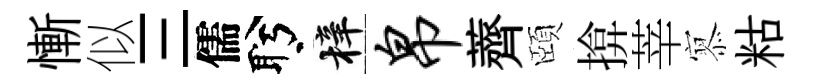
慚似三儒盻梓帛薺頤揜莘𡪹䊀